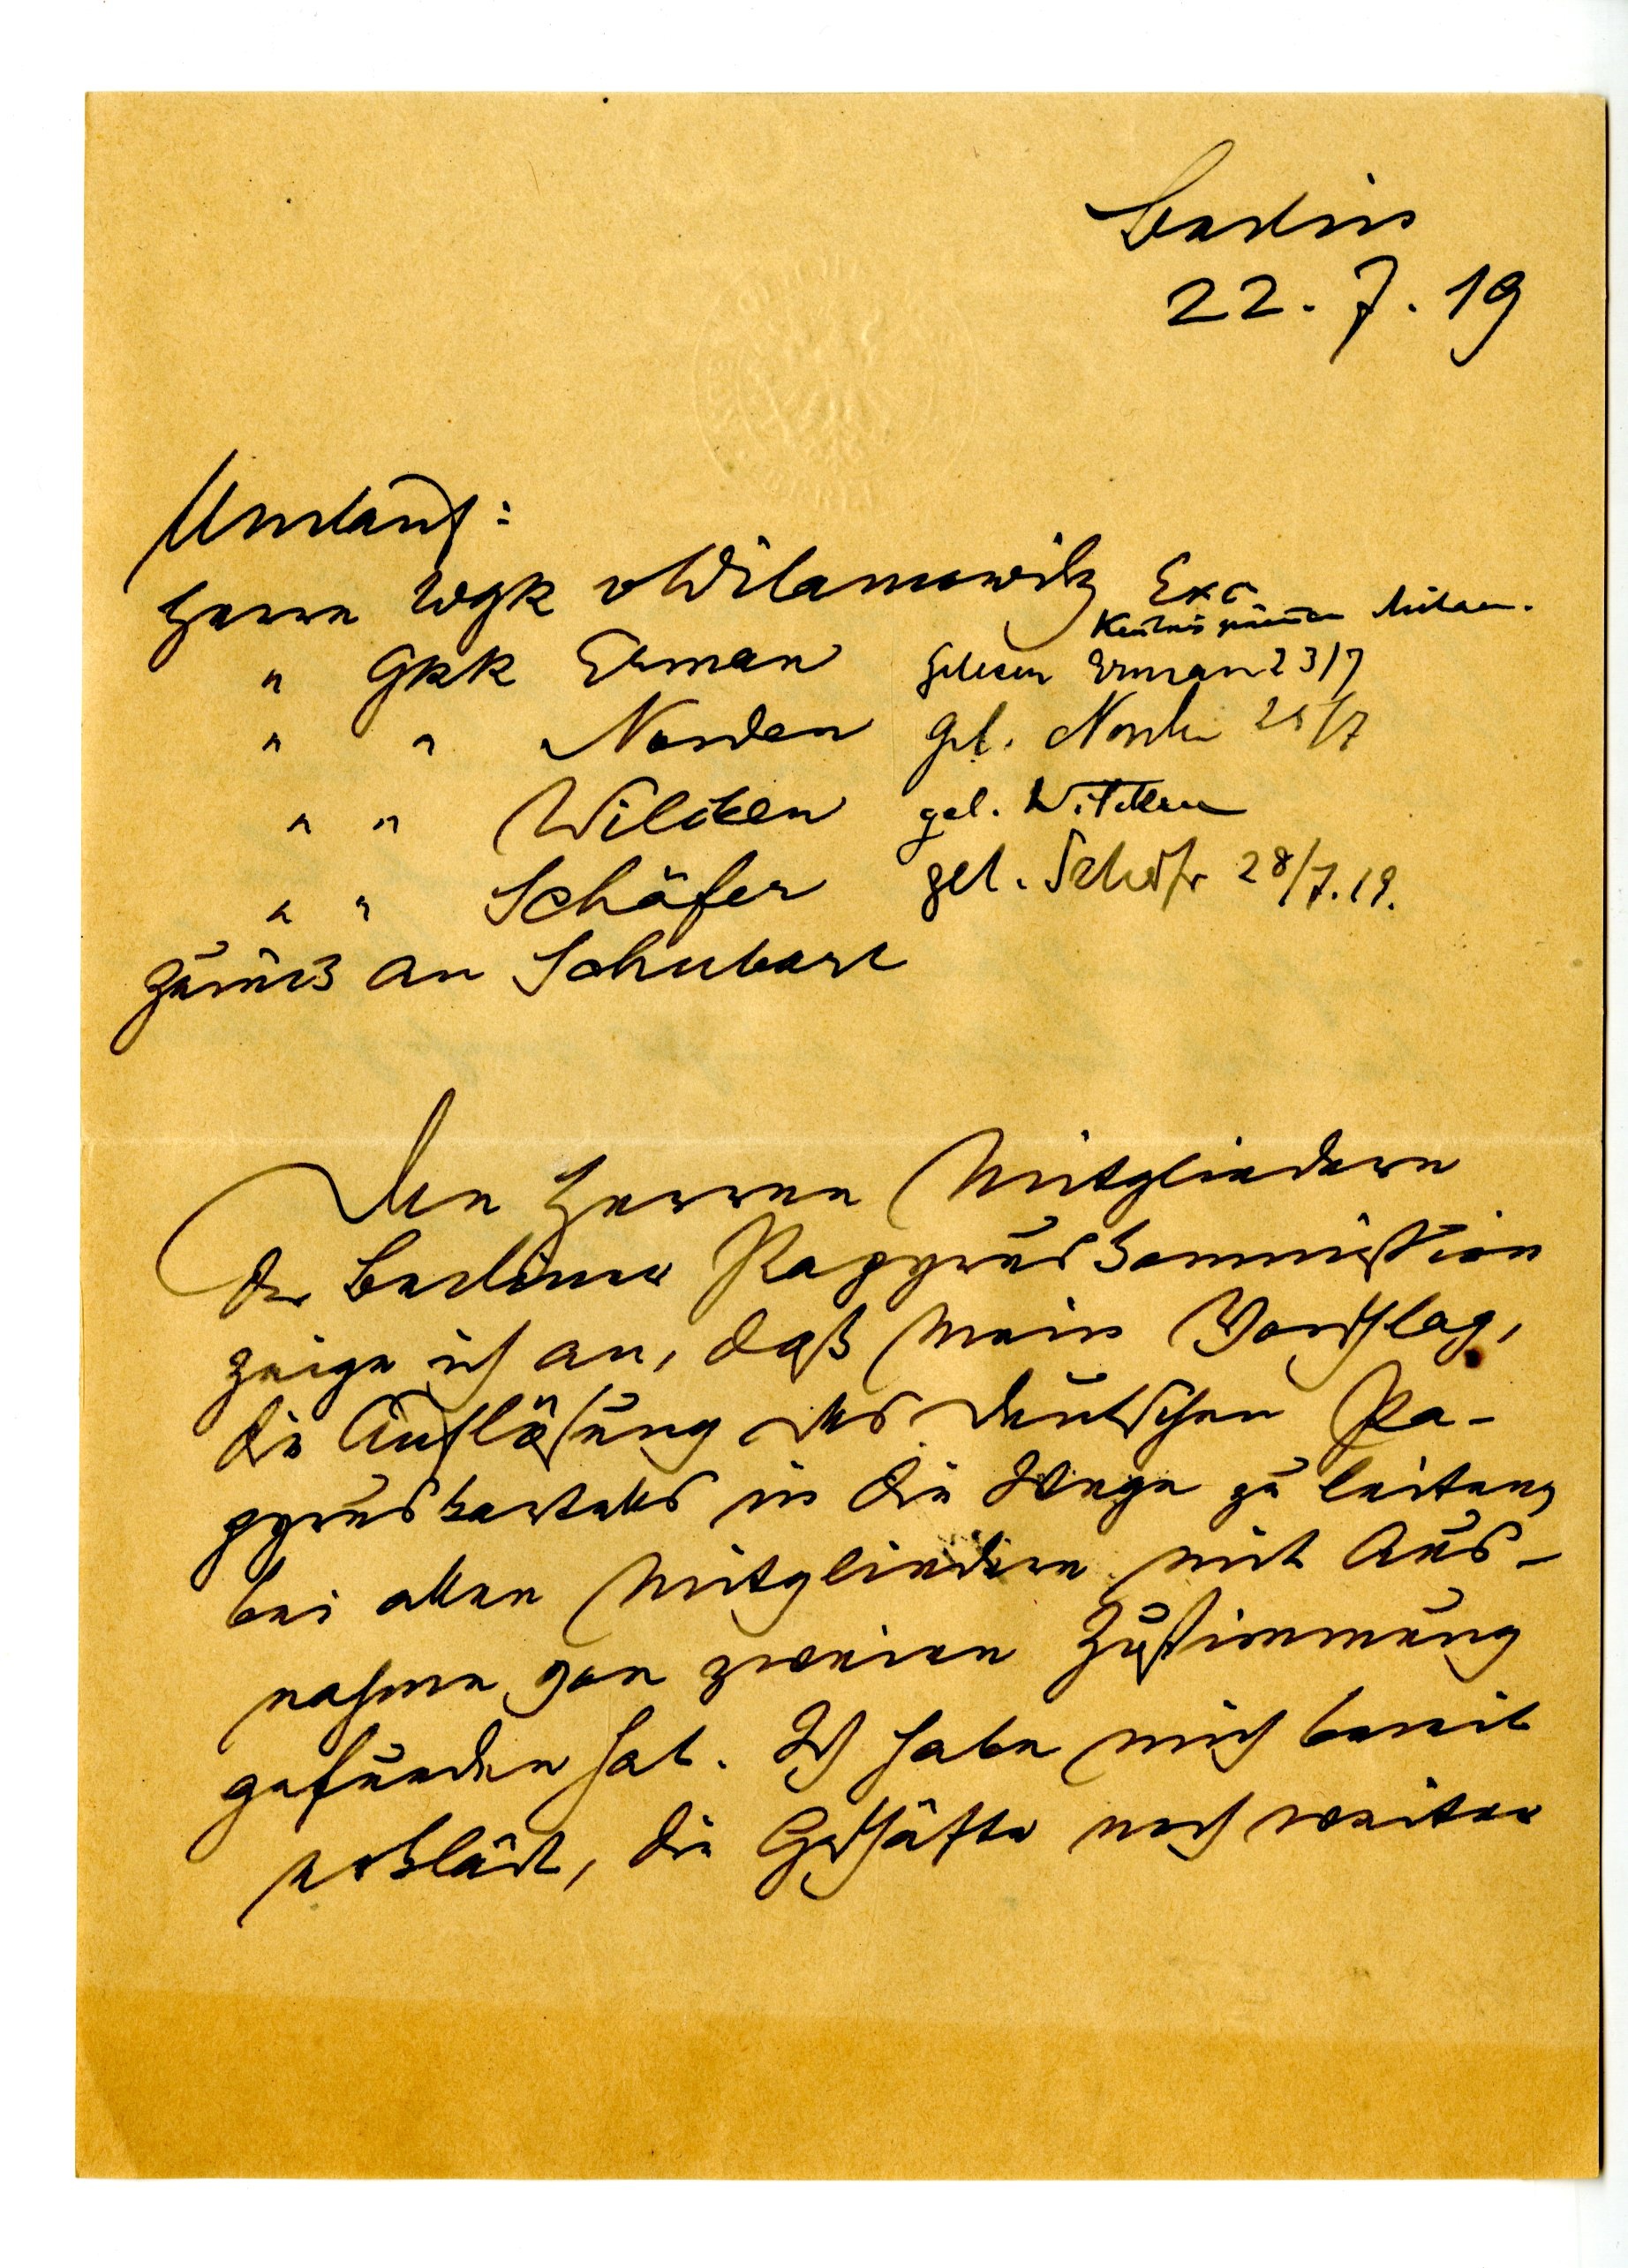
Berlin
22.7.19
Umlant:
Herrn WgR Wilamowilz
Exo
Keuturpuren Mitaen.
" GRR Ehman
Norde
"" Welchen
"  Schäfer
zurück an Schubart
den Herren Mitgliedern
der beiliner Papyruskommission
Zeige ich an, daß Mein Vorschlag.
de Aufläsung des deutschen Pa¬
pgruskartells in die Wege zu leitung
bei allen Mitgliedern mit Aus¬
nahme von zweien Zustimmung
gefurden hat Ich habe mich bereit
erblärt, die Geschäfte noch weiter